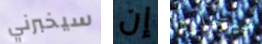
سيخبرني إن سيجاره